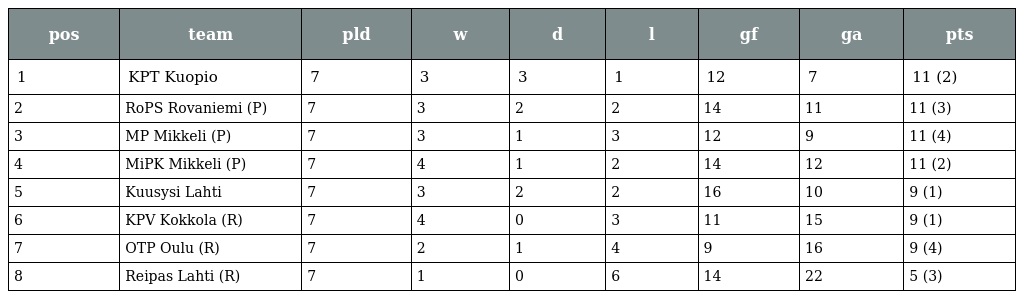
| pos | team | pld | w | d | l | gf | ga | pts |
 | --- | --- | --- | --- | --- | --- | --- | --- | --- |
 | 1 | KPT Kuopio | 7 | 3 | 3 | 1 | 12 | 7 | 11 (2) |
 | 2 | RoPS Rovaniemi (P) | 7 | 3 | 2 | 2 | 14 | 11 | 11 (3) |
 | 3 | MP Mikkeli (P) | 7 | 3 | 1 | 3 | 12 | 9 | 11 (4) |
 | 4 | MiPK Mikkeli (P) | 7 | 4 | 1 | 2 | 14 | 12 | 11 (2) |
 | 5 | Kuusysi Lahti | 7 | 3 | 2 | 2 | 16 | 10 | 9 (1) |
 | 6 | KPV Kokkola (R) | 7 | 4 | 0 | 3 | 11 | 15 | 9 (1) |
 | 7 | OTP Oulu (R) | 7 | 2 | 1 | 4 | 9 | 16 | 9 (4) |
 | 8 | Reipas Lahti (R) | 7 | 1 | 0 | 6 | 14 | 22 | 5 (3) |